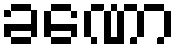
ခဏော